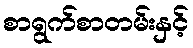
စာရွက်စာတမ်းနှင့်